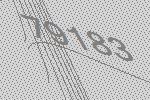
79183